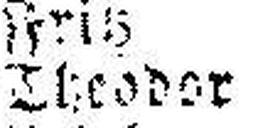
Theodor